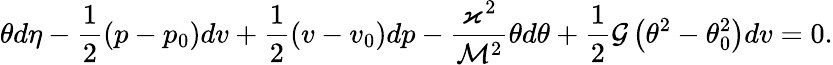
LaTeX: \theta d\eta-\frac{1}{2}(p-p_{0})dv+\frac{1}{2}(v-v_{0})dp-\frac{\varkappa^{2}}{\mathcal{M}^{2}}\theta d\theta+\frac{1}{2}\mathcal{G}\left(\theta^{2}-\theta_{0}^{2}\right)dv=0.